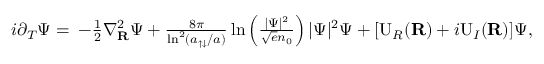
\begin{array} { r l } { i \partial _ { T } \Psi = } & { \! \! \! - \frac { 1 } { 2 } \nabla _ { \mathbf { R } } ^ { 2 } \Psi + \frac { 8 \pi } { \ln ^ { 2 } ( a _ { \uparrow \downarrow } / a ) } \ln \left( \frac { | \Psi | ^ { 2 } } { \sqrt { e } n _ { 0 } } \right) | \Psi | ^ { 2 } \Psi + [ \mathrm { U } _ { R } ( \mathbf { R } ) + i \mathrm { U } _ { I } ( \mathbf { R } ) ] \Psi , } \end{array}